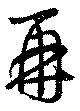
再